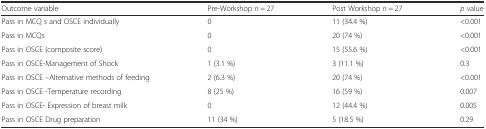
| Outcome variable | Pre-Workshop n = 27 | Post Workshop n = 27 | p value |
 | --- | --- | --- | --- |
 | Pass in MCQ s and OSCE individually | 0 | 11 (34.4 %) | <0.001 |
 | Pass in MCQs | 0 | 20 (74 %) | <0.001 |
 | Pass in OSCE (composite score) | 0 | 15 (55.6 %) | <0.001 |
 | Pass in OSCE-Management of Shock | 1 (3.1 %) | 3 (11.1 %) | 0.3 |
 | Pass in OSCE –Alternative methods of feeding | 2 (6.3 %) | 20 (74 %) | <0.001 |
 | Pass in OSCE -Temperature recording | 8 (25 %) | 16 (59 %) | 0.007 |
 | Pass in OSCE- Expression of breast milk | 0 | 12 (44.4 %) | 0.005 |
 | Pass in OSCE Drug preparation | 11 (34 %) | 5 (18.5 %) | 0.29 |